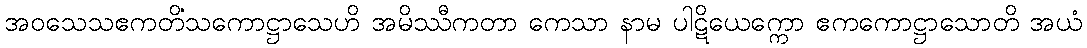
အဝသေသဧကတိံသကောဋ္ဌာသေဟိ အမိဿီကတာ ကေသာ နာမ ပါဋိယေက္ကော ဧကကောဋ္ဌာသောတိ အယံ